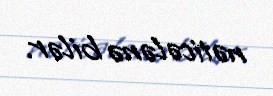
nəticələnə bilər.